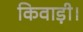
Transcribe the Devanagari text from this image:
किवाड़ी।